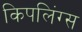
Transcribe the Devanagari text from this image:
किपलिंग्स